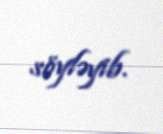
söyləyib.